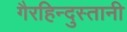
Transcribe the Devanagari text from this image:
गैरहिन्दुस्तानी